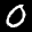
Label: 0